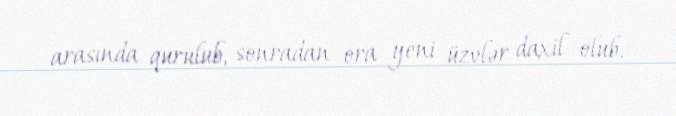
arasında qurulub, sonradan ora yeni üzvlər daxil olub.